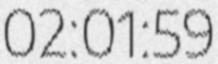
02:01:59